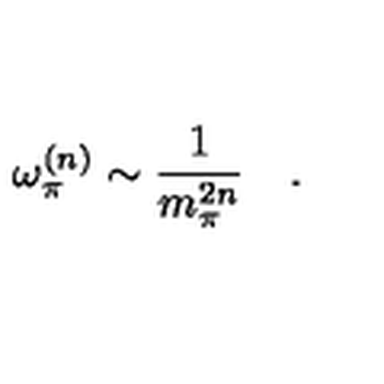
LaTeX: \omega _ { \pi } ^ { ( n ) } \sim \frac { 1 } { m _ { \pi } ^ { 2 n } } \quad .